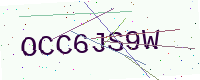
Text: OCC6JS9W